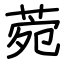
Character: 菀